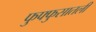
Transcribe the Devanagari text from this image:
फुफ्फुसातली